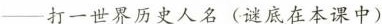
--打一世界历史人名(谜底在本课中)